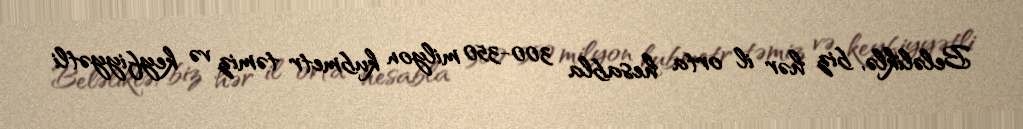
Beləliklə, biz hər il orta hesabla 300-350 milyon kubmetr təmiz və keyfiyyətli